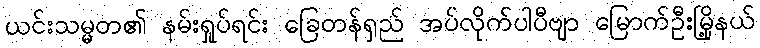
ယင်းသမ္မတ၏ နမ်းရှုပ်ရင်း ခြေတန်ရှည် အပ်လိုက်ပါပီဗျာ မြောက်ဦးမြို့နယ်